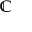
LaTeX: \mathbb { \mathbb { C } }